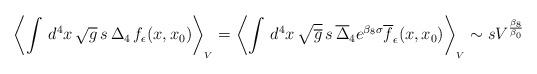
LaTeX: \begin{align*}\left\langle \int\, d^4x\, \sqrt g\, s\, \Delta_4\,f_{\epsilon}(x,x_0)\right\rangle_{_V} = \left\langle \int\, d^4x\, \sqrt {\overline g}\, s\, \overline\Delta_4 e^{\beta_8\sigma}\overline f_{\epsilon}(x,x_0)\right\rangle_{_V} \sim s V^{\beta_8\over \beta_0}\end{align*}